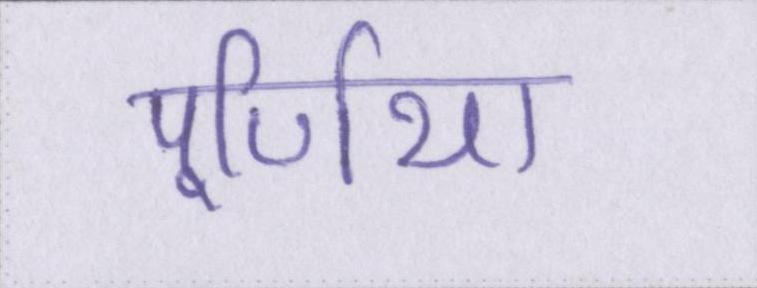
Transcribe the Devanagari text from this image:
पूर्णिया